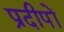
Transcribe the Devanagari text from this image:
प्रदीपों